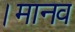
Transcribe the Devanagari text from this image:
।मानव